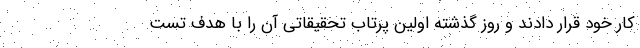
کار خود قرار دادند و روز گذشته اولین پرتاب تحقیقاتی آن را با هدف تست